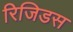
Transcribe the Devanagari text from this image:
रिजिडस